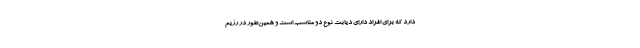
دارد که برای افراد دارای دیابت نوع دو مناسب است و همین‌طور در رژیم